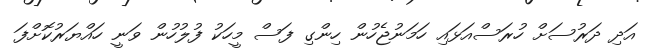
އަދި ދަރުސަށް ހުރަސްއަޅައި ހަމަނުޖެހުން ހިންގި ފަސް މީހަކު ފުލުހުން ވަނީ ހައްޔަރުކޮށްފަ